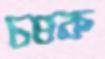
চষক